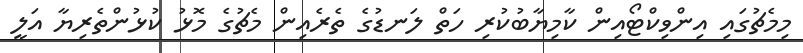
މިމެޗުގައި އިންވިކްޓޯއިން ކާމިޔާބުކުރި ހަތް ލަނޑުގެ ތެރެއިން މެޗުގެ މޮޅު ކުޅުންތެރިޔާ އަލީ